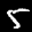
Label: 5